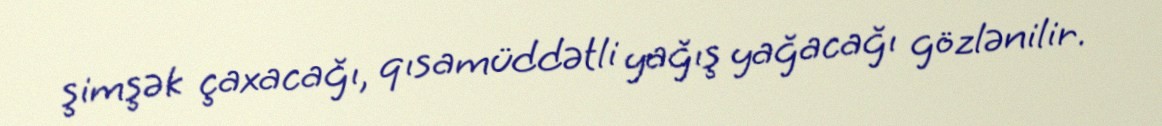
şimşək çaxacağı, qısamüddətli yağış yağacağı gözlənilir.